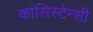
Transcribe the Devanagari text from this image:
कांसिस्टेन्सी